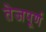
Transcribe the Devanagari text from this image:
तेजपूर्ण